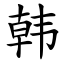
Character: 韩